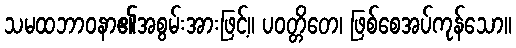
သမထဘာဝနာ၏အစွမ်းအားဖြင့်။ ပဝတ္တိတေ၊ ဖြစ်စေအပ်ကုန်သော။